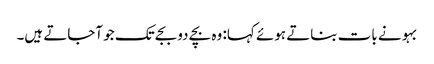
بہو نے بات بناتے ہوئے کہا: وہ بچے دو بجے تک جو آجاتے ہیں۔